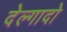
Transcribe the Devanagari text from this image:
देल्गादो